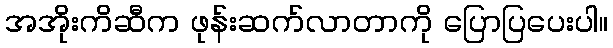
အအိုးကိဆီက ဖုန်းဆက်လာတာကို ပြောပြပေးပါ။